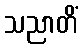
သညာတိံ